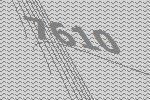
7610